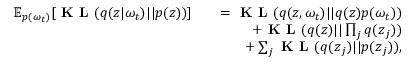
\begin{array} { r l r } { \mathbb { E } _ { p ( \omega _ { t } ) } [ \textbf { K L } ( q ( \boldsymbol { z } | \omega _ { t } ) | | p ( \boldsymbol { z } ) ) ] } & { } & { = \textbf { K L } ( q ( \boldsymbol { z } , \omega _ { t } ) | | q ( \boldsymbol { z } ) p ( \omega _ { t } ) ) } \\ & { } & { + \textbf { K L } ( q ( \boldsymbol { z } ) | | \prod _ { j } q ( \boldsymbol { z } _ { j } ) ) } \\ & { } & { + \sum _ { j } \textbf { K L } ( q ( \boldsymbol { z } _ { j } ) | | p ( \boldsymbol { z } _ { j } ) ) , } \end{array}